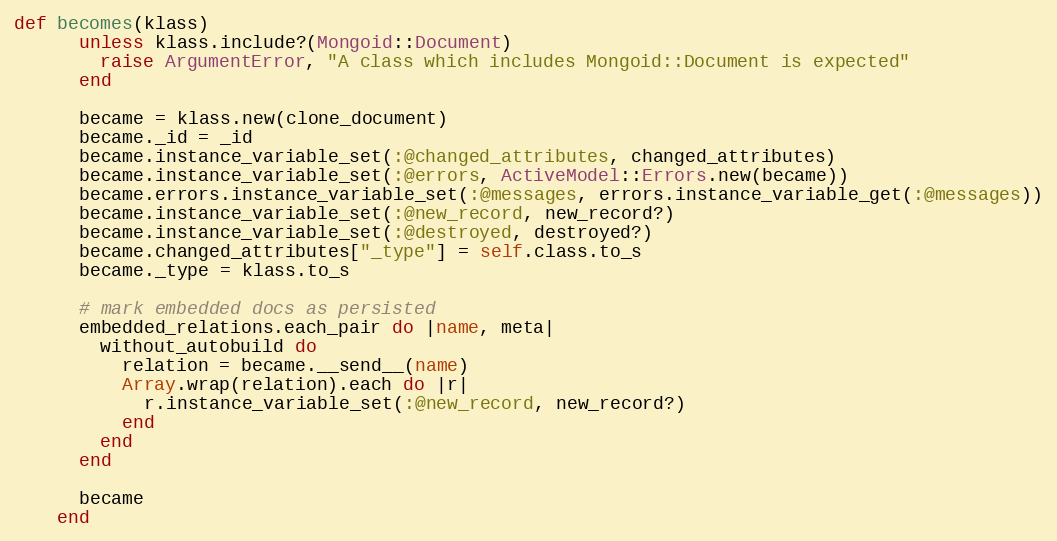
Language: Ruby
def becomes(klass)
      unless klass.include?(Mongoid::Document)
        raise ArgumentError, "A class which includes Mongoid::Document is expected"
      end

      became = klass.new(clone_document)
      became._id = _id
      became.instance_variable_set(:@changed_attributes, changed_attributes)
      became.instance_variable_set(:@errors, ActiveModel::Errors.new(became))
      became.errors.instance_variable_set(:@messages, errors.instance_variable_get(:@messages))
      became.instance_variable_set(:@new_record, new_record?)
      became.instance_variable_set(:@destroyed, destroyed?)
      became.changed_attributes["_type"] = self.class.to_s
      became._type = klass.to_s

      # mark embedded docs as persisted
      embedded_relations.each_pair do |name, meta|
        without_autobuild do
          relation = became.__send__(name)
          Array.wrap(relation).each do |r|
            r.instance_variable_set(:@new_record, new_record?)
          end
        end
      end

      became
    end